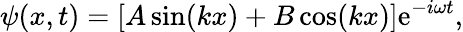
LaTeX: \psi(x,t)=[A\sin(kx)+B\cos(kx)]\mathrm{e}^{-i\omega t},